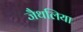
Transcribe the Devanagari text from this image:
जैथलिया